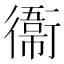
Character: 𫟙